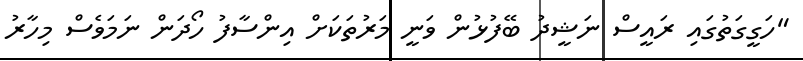
"ހަގީގަތުގައި ރައީސް ނަޝީދު ބޭފުޅުން ވަނީ މަރުތަކަށް އިންސާފު ހޯދަން ނަމަވެސް މިހާރު